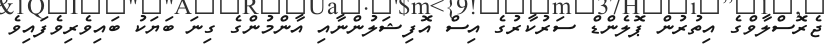
ޖެރޮސްލާވްގެ އިތުރުން ޕޮލެންޑް ސަރުކާރުގެ އިސް އޮފިޝަލުންނާއި އާންމުންގެ ގިނަ ބަޔަކު ބައިވެރިވެފައިވެ